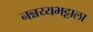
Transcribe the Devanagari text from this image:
नन्नय्यभट्टाला